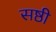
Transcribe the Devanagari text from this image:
सष्ठी